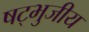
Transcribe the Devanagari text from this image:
षट्भुजीय